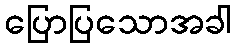
ပြောပြသောအခါ